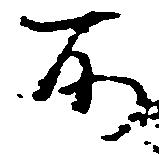
所